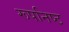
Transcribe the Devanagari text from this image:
रूपनिष्ठ